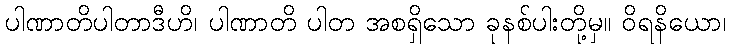
ပါဏာတိပါတာဒီဟိ၊ ပါဏာတိ ပါတ အစရှိသော ခုနစ်ပါးတို့မှ။ ဝိရနိယော၊